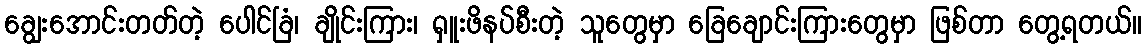
ချွေးအောင်းတတ်တဲ့ ပေါင်ခြံ၊ ချိုင်းကြား၊ ရှူးဖိနပ်စီးတဲ့ သူတွေမှာ ခြေချောင်းကြားတွေမှာ ဖြစ်တာ တွေ့ရတယ်။